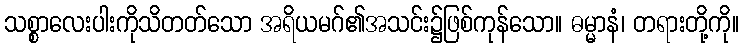
သစ္စာလေးပါးကိုသိတတ်သော အရိယမဂ်၏အသင်း၌ဖြစ်ကုန်သော။ ဓမ္မာနံ၊ တရားတို့ကို။